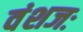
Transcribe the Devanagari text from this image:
वंशजः